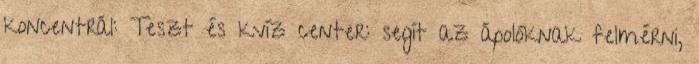
koncentrál: Teszt és kvíz center: segít az ápolóknak felmérni,